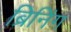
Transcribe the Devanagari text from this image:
ब्रिनिंग